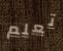
تعلم